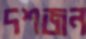
দশজন